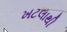
ખટલાથી